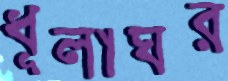
ধূলাঘর